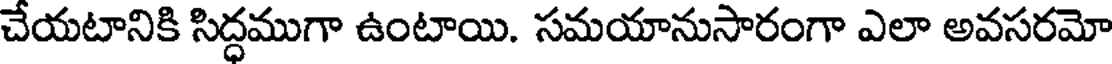
చేయటానికి సిద్ధముగా ఉంటాయి. సమయానుసారంగా ఎలా అవసరమో